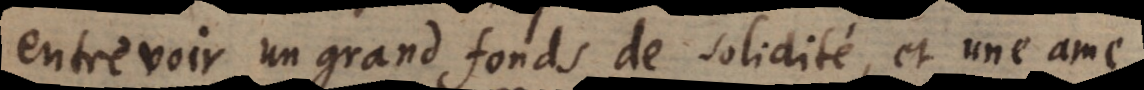
entrevoir un grand fonds de solidité, et une ame